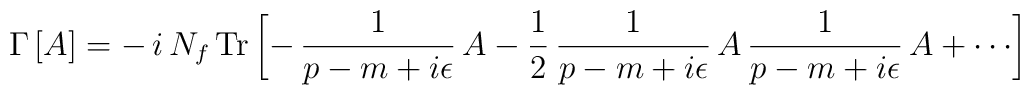
\Gamma\,[A]=-\,i\,N_f\,{\rm Tr}\,\biggl[-\,\frac{1}{p-m+i\epsilon}\,A-\frac{1}{2}\,\frac{1}{p-m+i\epsilon}\,A\,\frac{1}{p-m+i\epsilon}\,A+\cdots\biggr]